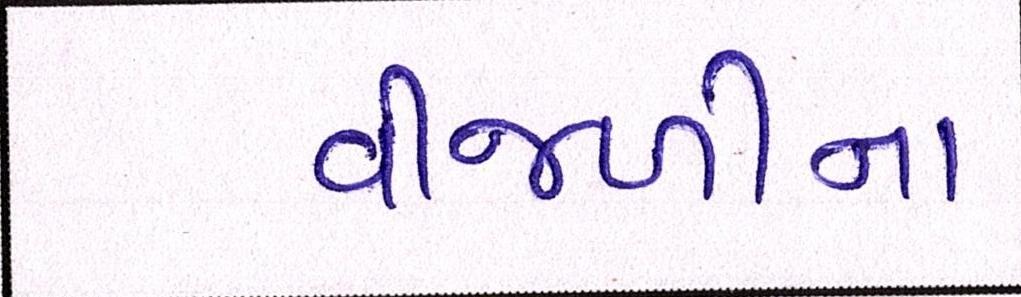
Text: વીજળીના